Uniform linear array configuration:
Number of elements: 32
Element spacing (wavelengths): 1
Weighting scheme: uniform
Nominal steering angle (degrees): -45
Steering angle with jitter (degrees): -43.977
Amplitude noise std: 0.05
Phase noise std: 0.05

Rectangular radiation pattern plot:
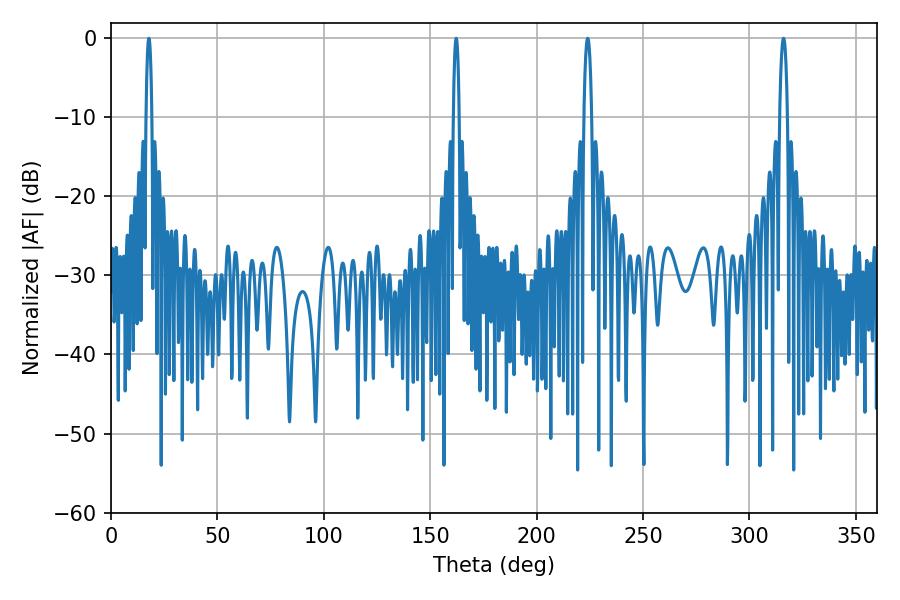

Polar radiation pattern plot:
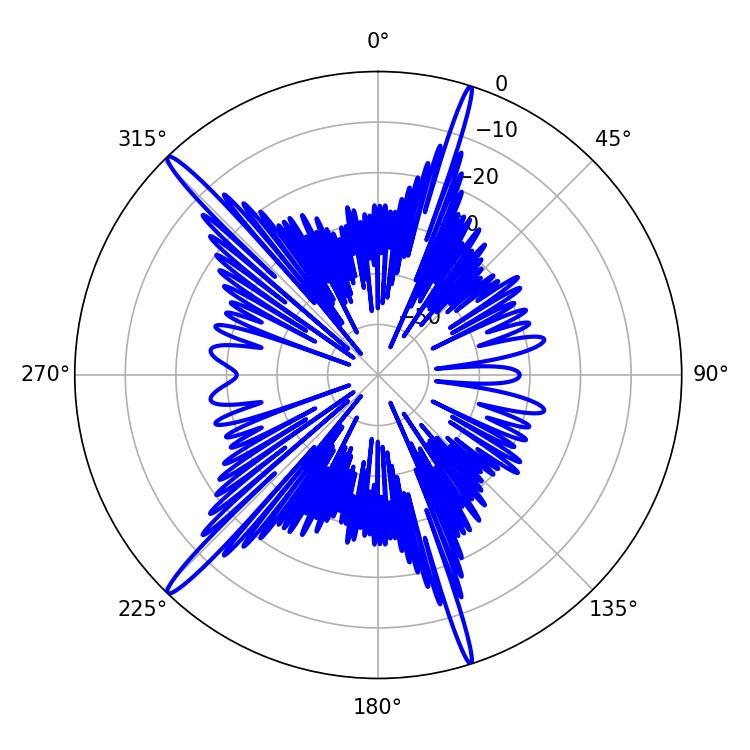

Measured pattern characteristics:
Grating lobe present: TRUE
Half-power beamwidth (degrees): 1.44
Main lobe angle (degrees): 162.18